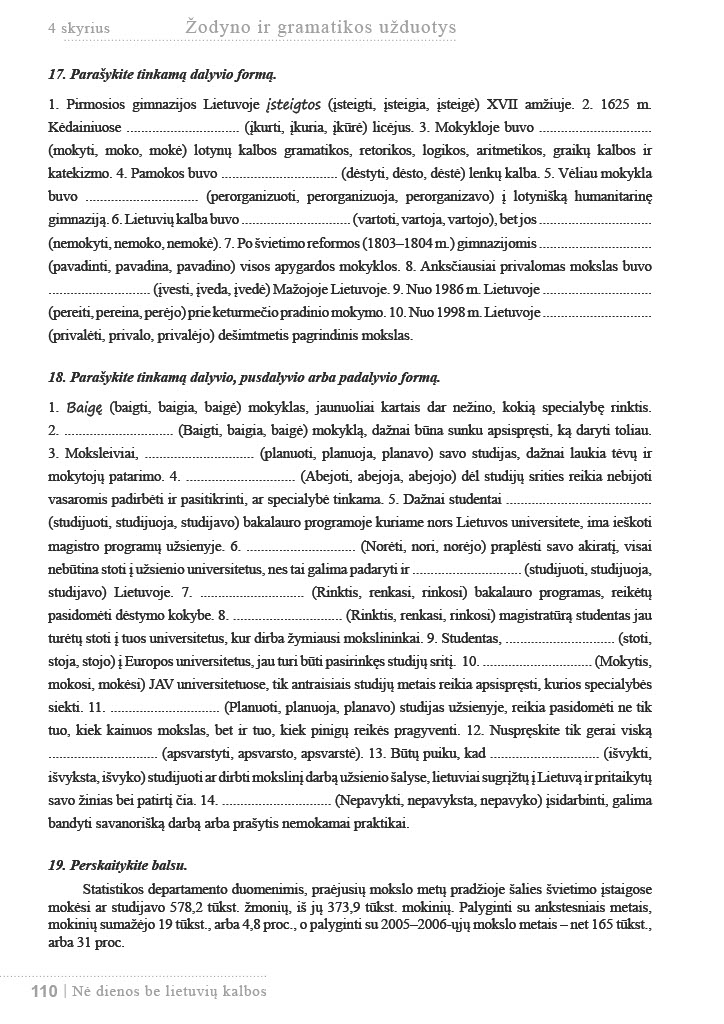
Language: lt